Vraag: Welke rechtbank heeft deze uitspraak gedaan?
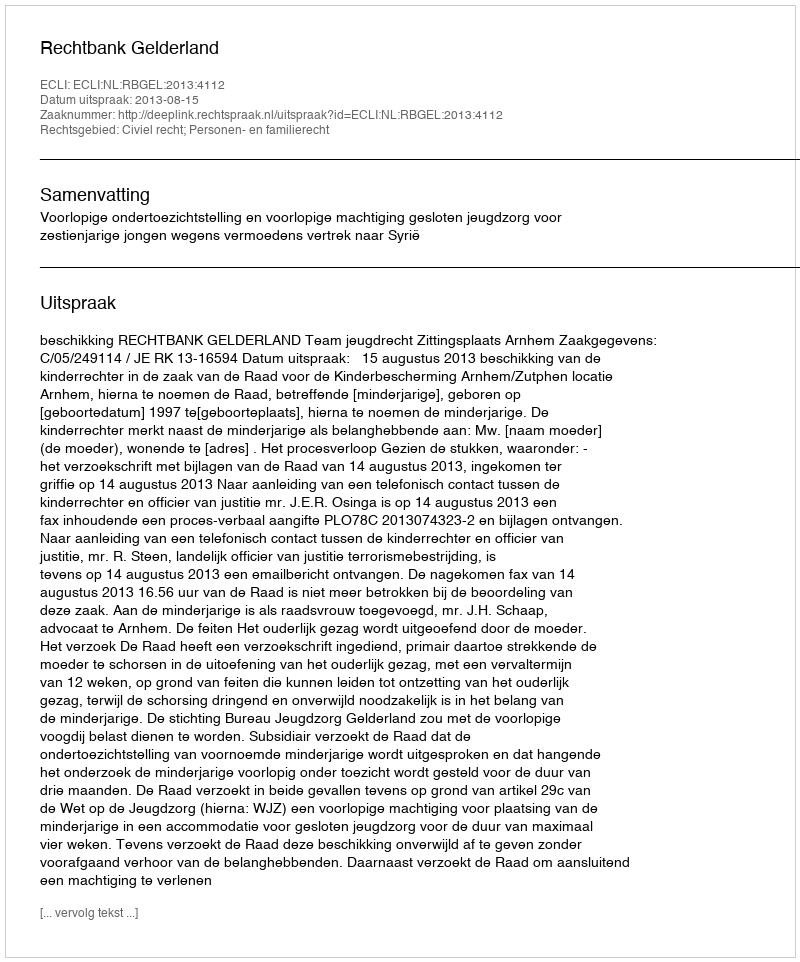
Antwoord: Rechtbank Gelderland